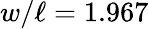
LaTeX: w/\ell=1.967